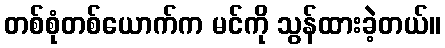
တစ်စုံတစ်ယောက်က မင်ကို သွန်ထားခဲ့တယ်။